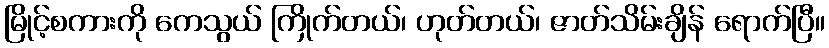
မြိုင့်စကားကို ကေသွယ် ကြိုက်တယ်၊ ဟုတ်တယ်၊ ဇာတ်သိမ်းချိန် ရောက်ပြီ။